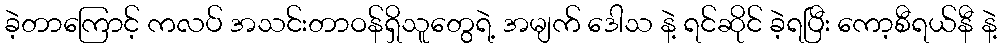
ခဲ့တာကြောင့် ကလပ် အသင်းတာဝန်ရှိသူတွေရဲ့ အမျက် ဒေါသ နဲ့ ရင်ဆိုင် ခဲ့ရပြီး ကော့စီရယ်နီ နဲ့